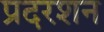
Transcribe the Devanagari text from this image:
प्रदरशन